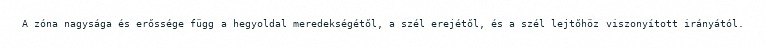
A zóna nagysága és erőssége függ a hegyoldal meredekségétől, a szél erejétől, és a szél lejtőhöz viszonyított irányától.